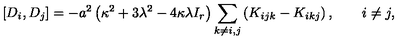
\left[ D _ { i } , D _ { j } \right] = - a ^ { 2 } \left( \kappa ^ { 2 } + 3 \lambda ^ { 2 } - 4 \kappa \lambda I _ { r } \right) \sum _ { k \ne i , j } \left( K _ { i j k } - K _ { i k j } \right) , \qquad i \ne j ,